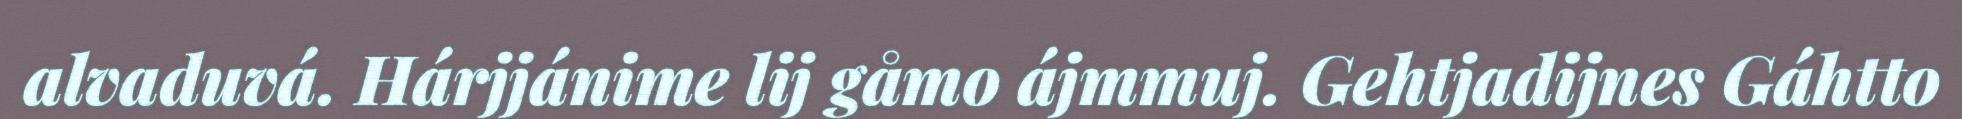
alvaduvá. Hárjjánime lij gåmo ájmmuj. Gehtjadijnes Gáhtto